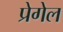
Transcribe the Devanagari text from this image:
प्रेगेल